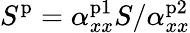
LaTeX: S^{\mathrm{p}}=\alpha_{xx}^{\mathrm{p1}}S/\alpha_{xx}^{\mathrm{p2}}